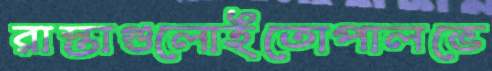
রাস্তাগুলোইতোপালভে